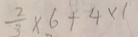
\frac { 2 } { 3 } \times 6 + 4 \times 1